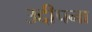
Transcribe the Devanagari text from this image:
उद्दीपना